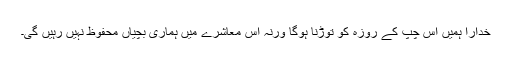
خدارا ہمیں اس چپ کے روزہ کو توڑنا ہوگا ورنہ اس معاشرے میں ہماری بچیاں محفوظ نہیں رہیں گی۔